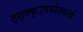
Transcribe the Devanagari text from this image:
ट्छ्क्क्उपयोगकर्ता